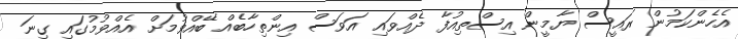
އެހެންކަމުން ރައީސް ޔާމީން އިސްތިއުފާ ދެއްވައި އަވަސް އިންތިހާބެއް ބޭއްވުމަށް އެއްވުމުގައި ގިނަ